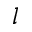
l